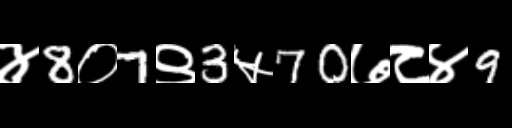
Text: ४8०7९3५70७८४9